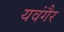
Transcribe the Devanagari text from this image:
यवंगैर